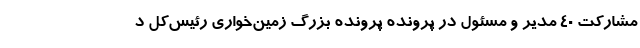
مشارکت 40 مدیر و مسئول در پرونده پرونده بزرگ زمین‌خواری رئیس‌کل د